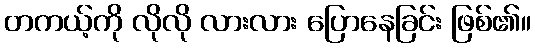
တကယ့်ကို လိုလို လားလား ပြောနေခြင်း ဖြစ်၏။